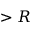
> R